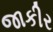
જાકીર